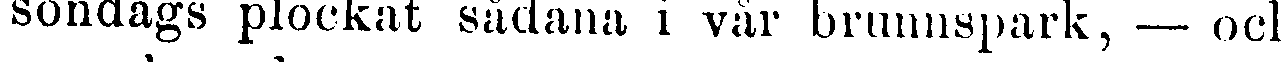
söndags plockat sådana i vår brunnspark, — och